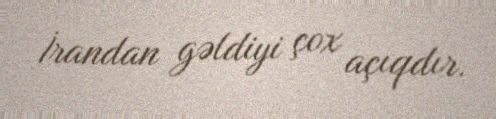
İrandan gəldiyi çox açıqdır.